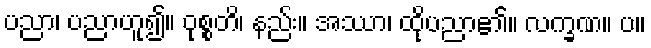
ပညာ၊ ပညာဟူ၍။ ဝုစ္စတိ၊ နည်း။ အဿာ၊ ထိုပညာ၏။ လက္ခဏ။ ပ။